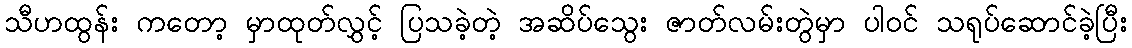
သီဟထွန်း ကတော့ မှာထုတ်လွှင့် ပြသခဲ့တဲ့ အဆိပ်သွေး ဇာတ်လမ်းတွဲမှာ ပါဝင် သရုပ်ဆောင်ခဲ့ပြီး